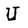
Character: U